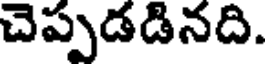
చెప్పడడినది.